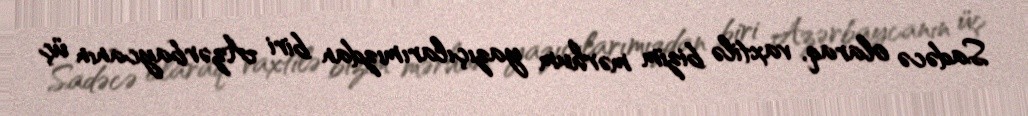
Sadəcə olaraq, vaxtilə bizim mərhum yazıçılarımızdan biri Azərbaycanın üç